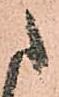
之